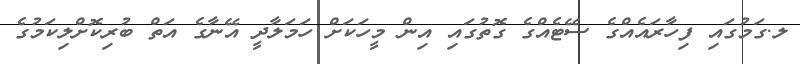
ލ.ގަމުގައި ފިހާރައެއްގެ ސޭޓެއްގެ ގޮތުގައި އިން މީހަކަށް ހަމަލާދީ އޭނާގެ އަތް ބުރިކޮށްލިކަމުގެ